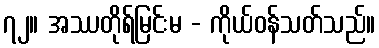
၇၂။ အဿတိုရ်မြင်းမ - ကိုယ်ဝန်သတ်သည်။